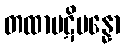
တထာပဋိပန္နော